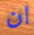
ان